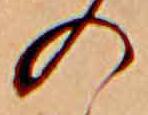
の